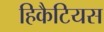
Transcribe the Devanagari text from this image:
हिकैटियस